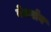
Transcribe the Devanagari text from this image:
बेनबोव